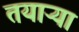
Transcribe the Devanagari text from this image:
तयाऱ्या